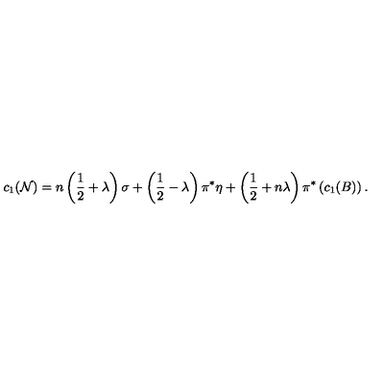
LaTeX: c _ { 1 } ( { \cal N } ) = n \left( { \frac { 1 } { 2 } } + \lambda \right) \sigma + \left( { \frac { 1 } { 2 } } - \lambda \right) \pi ^ { * } \eta + \left( { \frac { 1 } { 2 } } + n \lambda \right) \pi ^ { * } \left( c _ { 1 } ( B ) \right) .